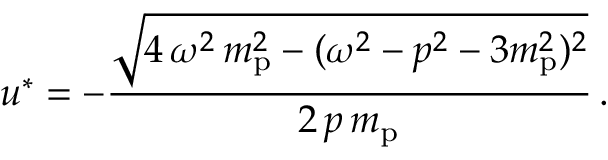
u ^ { * } = - { \frac { \sqrt { 4 \, \omega ^ { 2 } \, m _ { \mathrm { p } } ^ { 2 } - ( \omega ^ { 2 } - p ^ { 2 } - 3 m _ { \mathrm { p } } ^ { 2 } ) ^ { 2 } } } { 2 \, p \, m _ { \mathrm { p } } } } \, .